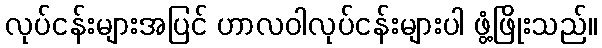
လုပ်ငန်းများအပြင် ဟာလဝါလုပ်ငန်းများပါ ဖွံ့ဖြိုးသည်။